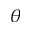
\theta